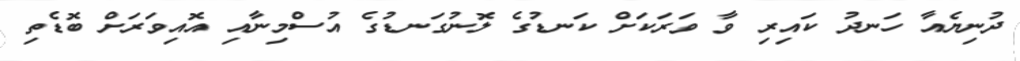
ދުނިޔެއާ ހަނދު ކައިރި ވާ ވަރަކަށް ކަނޑުގެ ލޮނުގަނޑުގެ އުސްމިނާއި އޮއިވަރަށް ބޮޑެތި